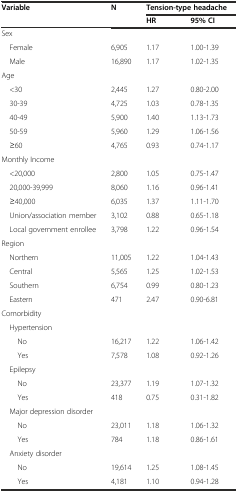
<table><thead><tr><td rowspan="2"><b>Variable</b></td><td rowspan="2"><b>N</b></td><td colspan="2"><b>Tension-type headache</b></td></tr><tr><td><b>HR</b></td><td><b>95% CI</b></td></tr></thead><tbody><tr><td>Sex</td><td></td><td></td><td></td></tr><tr><td> Female</td><td>6,905</td><td>1.17</td><td>1.00-1.39</td></tr><tr><td> Male</td><td>16,890</td><td>1.17</td><td>1.02-1.35</td></tr><tr><td>Age</td><td></td><td></td><td></td></tr><tr><td> &lt;30</td><td>2,445</td><td>1.27</td><td>0.80-2.00</td></tr><tr><td> 30-39</td><td>4,725</td><td>1.03</td><td>0.78-1.35</td></tr><tr><td> 40-49</td><td>5,900</td><td>1.40</td><td>1.13-1.73</td></tr><tr><td> 50-59</td><td>5,960</td><td>1.29</td><td>1.06-1.56</td></tr><tr><td> ≥60</td><td>4,765</td><td>0.93</td><td>0.74-1.17</td></tr><tr><td>Monthly Income</td><td></td><td></td><td></td></tr><tr><td> &lt;20,000</td><td>2,800</td><td>1.05</td><td>0.75-1.47</td></tr><tr><td> 20,000-39,999</td><td>8,060</td><td>1.16</td><td>0.96-1.41</td></tr><tr><td> ≥40,000</td><td>6,035</td><td>1.37</td><td>1.11-1.70</td></tr><tr><td> Union/association member</td><td>3,102</td><td>0.88</td><td>0.65-1.18</td></tr><tr><td> Local government enrollee</td><td>3,798</td><td>1.22</td><td>0.96-1.54</td></tr><tr><td>Region</td><td></td><td></td><td></td></tr><tr><td> Northern</td><td>11,005</td><td>1.22</td><td>1.04-1.43</td></tr><tr><td> Central</td><td>5,565</td><td>1.25</td><td>1.02-1.53</td></tr><tr><td> Southern</td><td>6,754</td><td>0.99</td><td>0.80-1.23</td></tr><tr><td> Eastern</td><td>471</td><td>2.47</td><td>0.90-6.81</td></tr><tr><td>Comorbidity</td><td></td><td></td><td></td></tr><tr><td> Hypertension</td><td></td><td></td><td></td></tr><tr><td>No</td><td>16,217</td><td>1.22</td><td>1.06-1.42</td></tr><tr><td>Yes</td><td>7,578</td><td>1.08</td><td>0.92-1.26</td></tr><tr><td> Epilepsy</td><td></td><td></td><td></td></tr><tr><td>No</td><td>23,377</td><td>1.19</td><td>1.07-1.32</td></tr><tr><td>Yes</td><td>418</td><td>0.75</td><td>0.31-1.82</td></tr><tr><td> Major depression disorder</td><td></td><td></td><td></td></tr><tr><td>No</td><td>23,011</td><td>1.18</td><td>1.06-1.32</td></tr><tr><td>Yes</td><td>784</td><td>1.18</td><td>0.86-1.61</td></tr><tr><td> Anxiety disorder</td><td></td><td></td><td></td></tr><tr><td>No</td><td>19,614</td><td>1.25</td><td>1.08-1.45</td></tr><tr><td>Yes</td><td>4,181</td><td>1.10</td><td>0.94-1.28</td></tr></tbody></table>